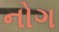
નોગ